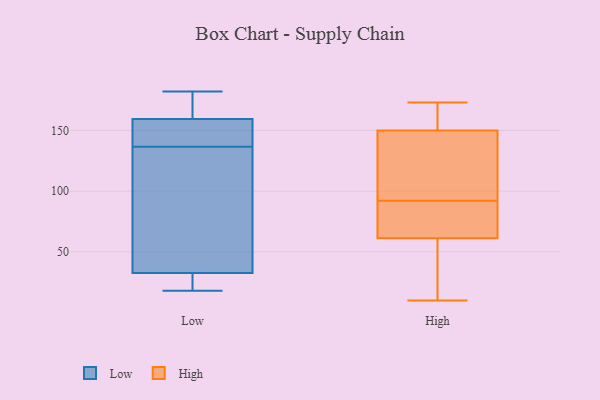
{"axis": {"x": "Humidity (%)", "y": "Value"}, "legend": ["High", "Low"], "data": [{"x": "", "y": 150, "type": "Low"}, {"x": "", "y": 150, "type": "Low"}, {"x": "", "y": 181, "type": "Low"}, {"x": "", "y": 168, "type": "Low"}, {"x": "", "y": 72, "type": "Low"}, {"x": "", "y": 143, "type": "Low"}, {"x": "", "y": 32, "type": "Low"}, {"x": "", "y": 130, "type": "Low"}, {"x": "", "y": 24, "type": "Low"}, {"x": "", "y": 84, "type": "Low"}, {"x": "", "y": 160, "type": "Low"}, {"x": "", "y": 33, "type": "Low"}, {"x": "", "y": 27, "type": "Low"}, {"x": "", "y": 18, "type": "Low"}, {"x": "", "y": 159, "type": "Low"}, {"x": "", "y": 182, "type": "Low"}, {"x": "", "y": 84, "type": "High"}, {"x": "", "y": 32, "type": "High"}, {"x": "", "y": 10, "type": "High"}, {"x": "", "y": 92, "type": "High"}, {"x": "", "y": 65, "type": "High"}, {"x": "", "y": 166, "type": "High"}, {"x": "", "y": 148, "type": "High"}, {"x": "", "y": 156, "type": "High"}, {"x": "", "y": 129, "type": "High"}, {"x": "", "y": 173, "type": "High"}, {"x": "", "y": 147, "type": "High"}, {"x": "", "y": 90, "type": "High"}, {"x": "", "y": 50, "type": "High"}]}